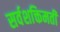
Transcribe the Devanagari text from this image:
सर्वशक्तिमती